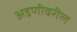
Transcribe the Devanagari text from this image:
अडणीवरील